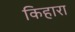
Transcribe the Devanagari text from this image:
किहारा